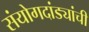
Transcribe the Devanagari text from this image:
संयोगदांड्यांची